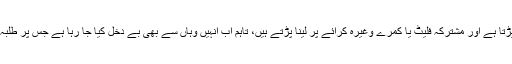
طلبہ کو باہر نجی ہاسٹلز میں رہنا پڑتا ہے اور مشترکہ فلیٹ یا کمرے وغیرہ کرائے پر لینا پڑتے ہیں، تاہم اب انہیں وہاں سے بھی بے دخل کیا جا رہا ہے جس پر طلبہ میں شدید بے چینی پائی جاتی ہے۔